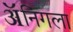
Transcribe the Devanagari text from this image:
ॲनिंगला